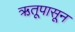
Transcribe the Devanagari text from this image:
ऋतूपासून